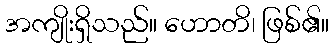
အကျိုးရှိသည်။ ဟောတိ၊ ဖြစ်၏။